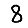
Digit: 8